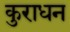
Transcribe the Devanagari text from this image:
कुराधन